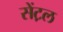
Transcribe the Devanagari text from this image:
सेंट़ल